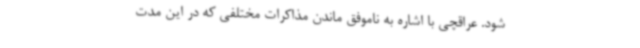
شود. عراقچی با اشاره به ناموفق ماندن مذاکرات مختلفی که در این مدت